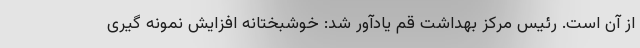
از آن است. رئیس مرکز بهداشت قم یادآور شد: خوشبختانه افزایش نمونه گیری